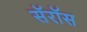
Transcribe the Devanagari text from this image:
सॅरॉस